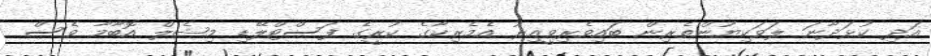
އަދި ކުޅަދާނަ ލަވަކިޔުންތެރިން ބައިވެރިވީއިރު އެމެރިކާގެ ކުރީގެ ފަސްޓްލޭޑި މިޝެލް އޮބާމާ ވެސް